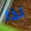
لذا